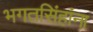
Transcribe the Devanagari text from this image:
भगतसिंहांना